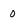
Character: 0